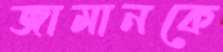
জামানকে